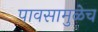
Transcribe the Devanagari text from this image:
पावसामुळेच